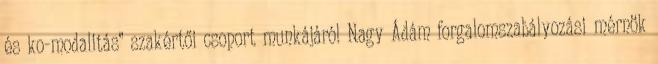
és ko-modalitás” szakértői csoport munkájáról Nagy Ádám forgalomszabályozási mérnök